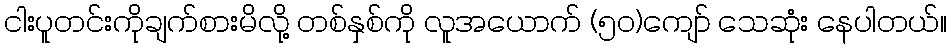
ငါးပူတင်းကိုချက်စားမိလို့ တစ်နှစ်ကို လူအယောက် (၅၀)ကျော် သေဆုံး နေပါတယ်။